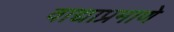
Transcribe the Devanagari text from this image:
वाद्याप्रमाणे